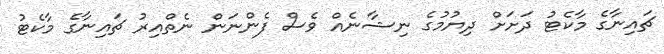
ޗައިނާގެ މާކެޓު ދަށަށް ދިޔުމުގެ ނިޝާނެއް ވެސް ފެންނަން ނެތްއިރު ޗައިނާގެ މާކެޓު